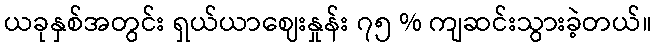
ယခုနှစ်အတွင်း ရှယ်ယာဈေးနှုန်း ၇၅ % ကျဆင်းသွားခဲ့တယ်။